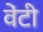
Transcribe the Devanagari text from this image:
वेंटी